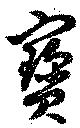
宝